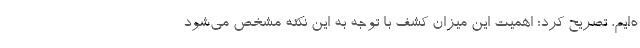
ه‌ایم، تصریح کرد: اهمیت این میزان کشف با توجه به این نکته مشخص می‌شود